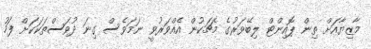
މާޒިޔާއަށް ތިން ޕޮއިންޓް ލިބޭވަރުގެ މެޗަކުން އެއްވަރުވީ ނަމަވެސް ގިނަ ދުވަސްތަކަކަށް ފަހު